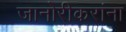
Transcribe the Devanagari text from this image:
जानोरीकरांना